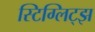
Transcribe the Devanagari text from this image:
स्टिग्लिट्झ